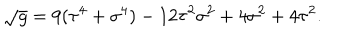
\sqrt { g } = 9 ( \tau ^ { 4 } + \sigma ^ { 4 } ) - 1 2 \tau ^ { 2 } \sigma ^ { 2 } + 4 \sigma ^ { 2 } + 4 \tau ^ { 2 } .